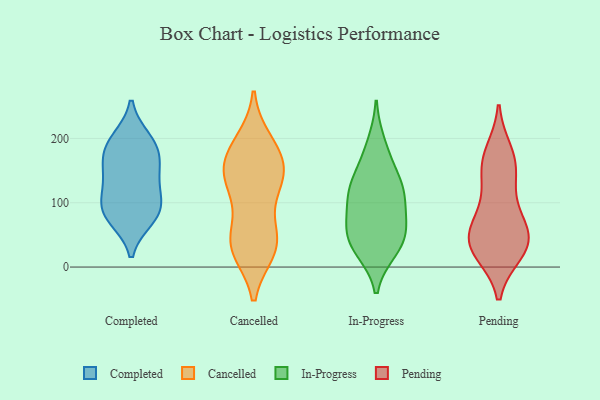
{"axis": {"x": "Website Visitors", "y": "Value"}, "legend": ["Cancelled", "Completed", "In-Progress", "Pending"], "data": [{"x": "", "y": 198, "type": "Completed"}, {"x": "", "y": 194, "type": "Completed"}, {"x": "", "y": 178, "type": "Completed"}, {"x": "", "y": 140, "type": "Completed"}, {"x": "", "y": 76, "type": "Completed"}, {"x": "", "y": 144, "type": "Completed"}, {"x": "", "y": 81, "type": "Completed"}, {"x": "", "y": 91, "type": "Completed"}, {"x": "", "y": 91, "type": "Completed"}, {"x": "", "y": 170, "type": "Completed"}, {"x": "", "y": 115, "type": "Completed"}, {"x": "", "y": 35, "type": "Cancelled"}, {"x": "", "y": 121, "type": "Cancelled"}, {"x": "", "y": 138, "type": "Cancelled"}, {"x": "", "y": 175, "type": "Cancelled"}, {"x": "", "y": 41, "type": "Cancelled"}, {"x": "", "y": 139, "type": "Cancelled"}, {"x": "", "y": 28, "type": "Cancelled"}, {"x": "", "y": 177, "type": "Cancelled"}, {"x": "", "y": 129, "type": "Cancelled"}, {"x": "", "y": 193, "type": "Cancelled"}, {"x": "", "y": 44, "type": "Cancelled"}, {"x": "", "y": 35, "type": "Cancelled"}, {"x": "", "y": 163, "type": "Cancelled"}, {"x": "", "y": 27, "type": "In-Progress"}, {"x": "", "y": 58, "type": "In-Progress"}, {"x": "", "y": 119, "type": "In-Progress"}, {"x": "", "y": 192, "type": "In-Progress"}, {"x": "", "y": 52, "type": "In-Progress"}, {"x": "", "y": 120, "type": "In-Progress"}, {"x": "", "y": 132, "type": "In-Progress"}, {"x": "", "y": 115, "type": "In-Progress"}, {"x": "", "y": 72, "type": "In-Progress"}, {"x": "", "y": 163, "type": "In-Progress"}, {"x": "", "y": 41, "type": "In-Progress"}, {"x": "", "y": 89, "type": "In-Progress"}, {"x": "", "y": 26, "type": "In-Progress"}, {"x": "", "y": 24, "type": "Pending"}, {"x": "", "y": 74, "type": "Pending"}, {"x": "", "y": 66, "type": "Pending"}, {"x": "", "y": 105, "type": "Pending"}, {"x": "", "y": 144, "type": "Pending"}, {"x": "", "y": 36, "type": "Pending"}, {"x": "", "y": 44, "type": "Pending"}, {"x": "", "y": 167, "type": "Pending"}, {"x": "", "y": 178, "type": "Pending"}, {"x": "", "y": 156, "type": "Pending"}, {"x": "", "y": 40, "type": "Pending"}, {"x": "", "y": 40, "type": "Pending"}, {"x": "", "y": 23, "type": "Pending"}]}